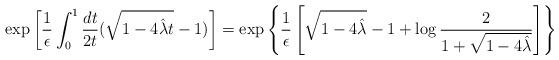
LaTeX: \begin{align*}\exp\left[{1\over\epsilon}\int_0^1 {dt\over 2t} (\sqrt{1-4{\hat\lambda} t}-1)\right]=\exp\left\{{1\over\epsilon}\left[\sqrt{1-4{\hat\lambda}}-1+\log{2\over 1+\sqrt{1-4{\hat\lambda}}}\right]\right\}\end{align*}